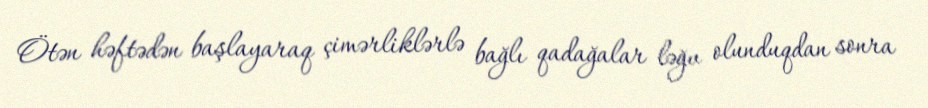
Ötən həftədən başlayaraq çimərliklərlə bağlı qadağalar ləğv olunduqdan sonra